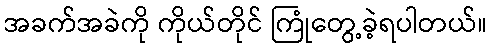
အခက်အခဲကို ကိုယ်တိုင် ကြုံတွေ့ခဲ့ရပါတယ်။